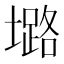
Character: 𱘅